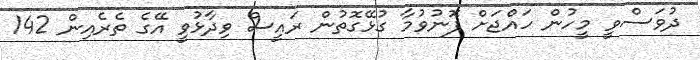
ދުވަސްވީ މީހުން ހައްޖަށް ފޮނުވުމާ ގުޅޭގޮތުން ރައީސް ވިދާޅުވީ އޭގެ ތެރެއިން 142